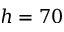
h = 7 0